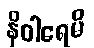
နိဝါရေမိ